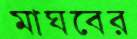
মাঘবের